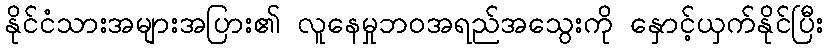
နိုင်ငံသားအများအပြား၏ လူနေမှုဘဝအရည်အသွေးကို နှောင့်ယှက်နိုင်ပြီး